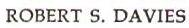
ROBERT S. DAVIES